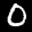
Label: 0